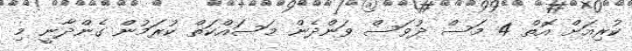
ކުރިއަށް އޮތް 4 މަސް ދުވަސް ވަންދެން މަސައްކަތް ކުރަމުން ގެންދާނީ މި